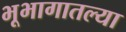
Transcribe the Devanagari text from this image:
भूभागातल्या